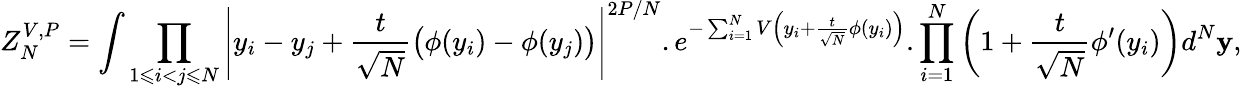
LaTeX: Z_{N}^{V,P}=\int\prod_{1\leqslant i<j\leqslant N}\left|y_{i}-y_{j}+\frac{t}{\sqrt{N}}\big(\phi(y_{i})-\phi(y_{j})\big)\right|^{2P/N}.e^{-\sum_{i=1}^{N}V\left(y_{i}+\frac{t}{\sqrt{N}}\phi(y_{i})\right)}.\prod_{i=1}^{N}\left(1+\frac{t}{\sqrt{N}}\phi^{\prime}(y_{i})\right)d^{N}\mathbf{y},